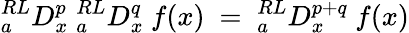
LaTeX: {}_{a}^{RL}D_{x}^{p}~{}_{a}^{RL}D_{x}^{q}~f(x)~=~{}_{a}^{RL}D_{x}^{p+q}~f(x)